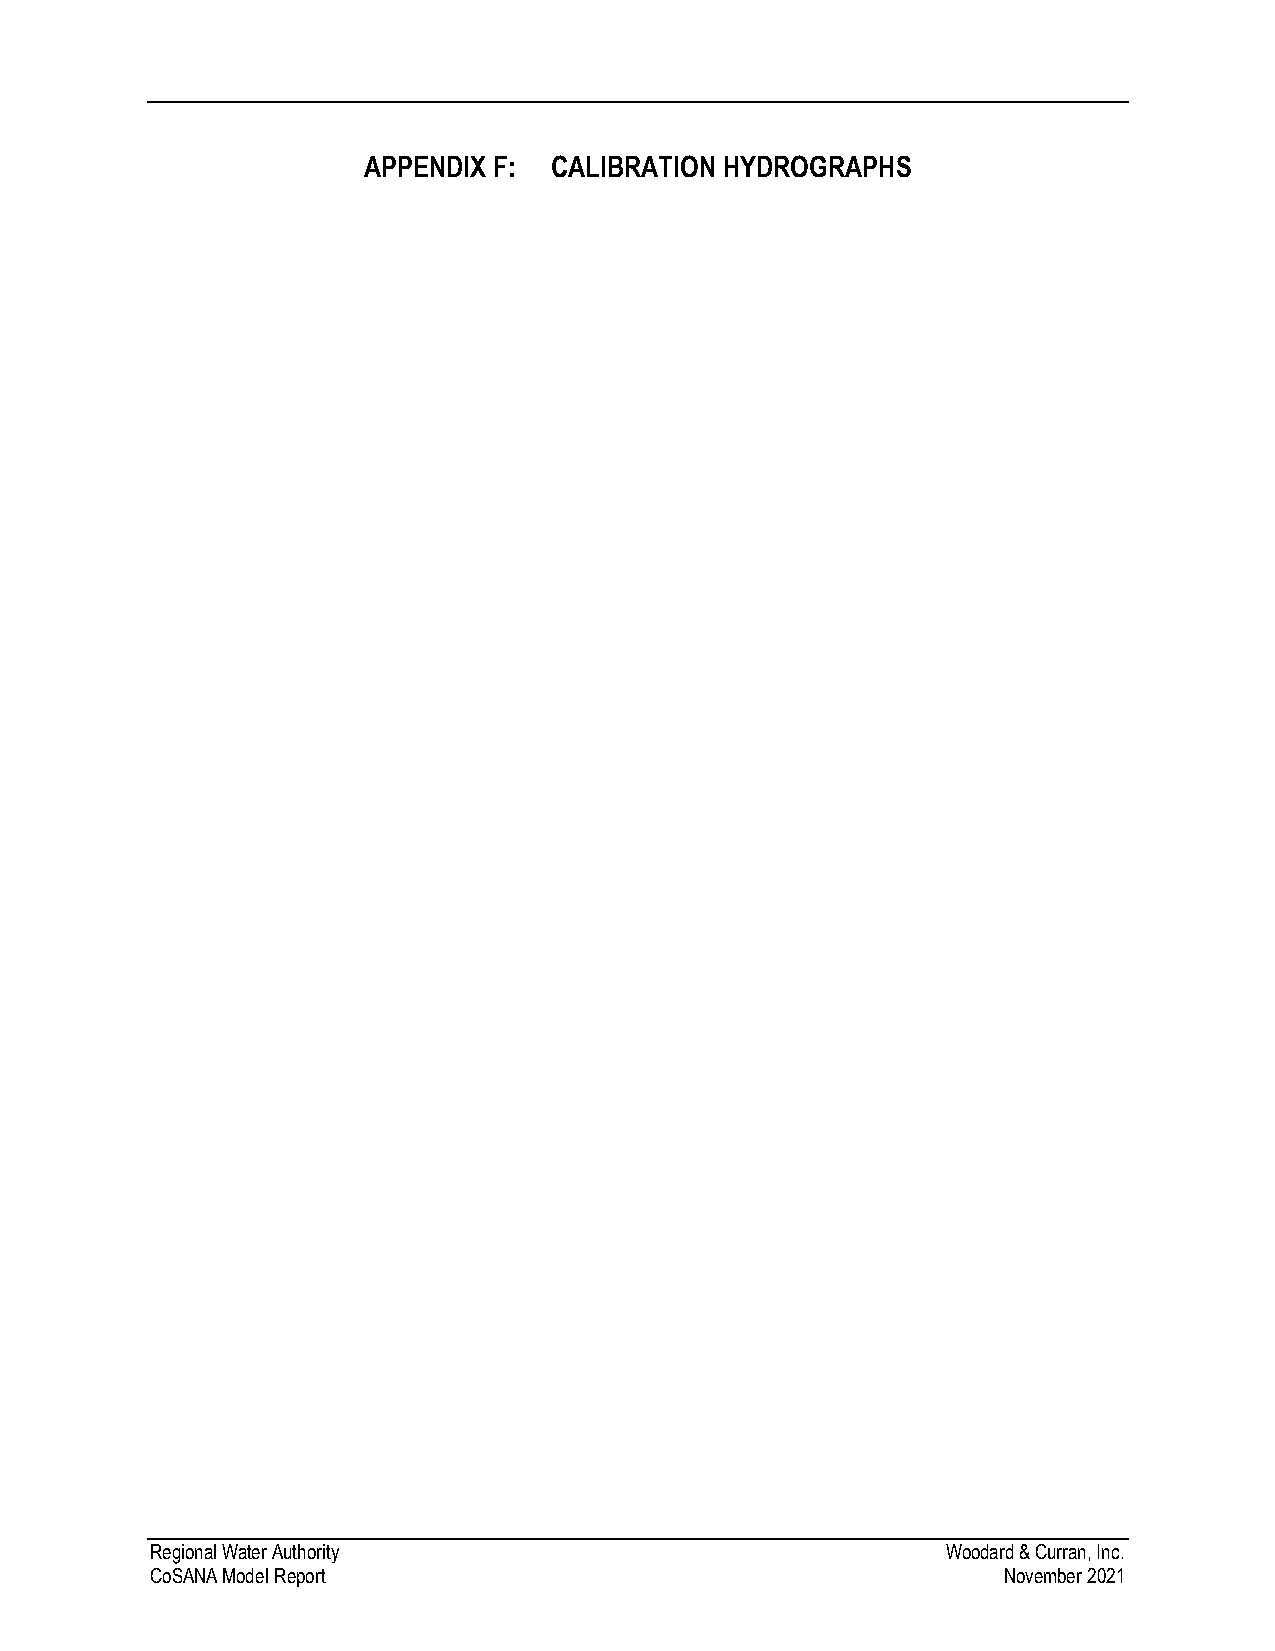
APPENDIX F:  CALIBRATION HYDROGRAPHS
 Regional Water Authority                             Woodard & Curran, Inc.
 CoSANA Model Report                                     November 2021